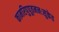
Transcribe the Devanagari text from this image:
कामरिपुपूतमनःसुकेत